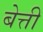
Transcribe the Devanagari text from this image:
बेत्ती